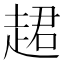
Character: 䞫